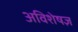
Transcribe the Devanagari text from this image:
अविशेषज्ञ